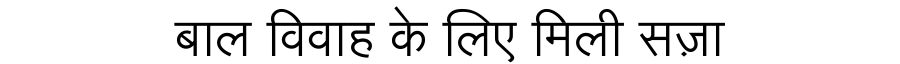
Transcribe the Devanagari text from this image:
बाल विवाह के लिए मिली सज़ा